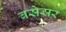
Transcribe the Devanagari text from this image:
बसेसर